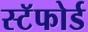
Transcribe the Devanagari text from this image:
स्टॅफोर्ड